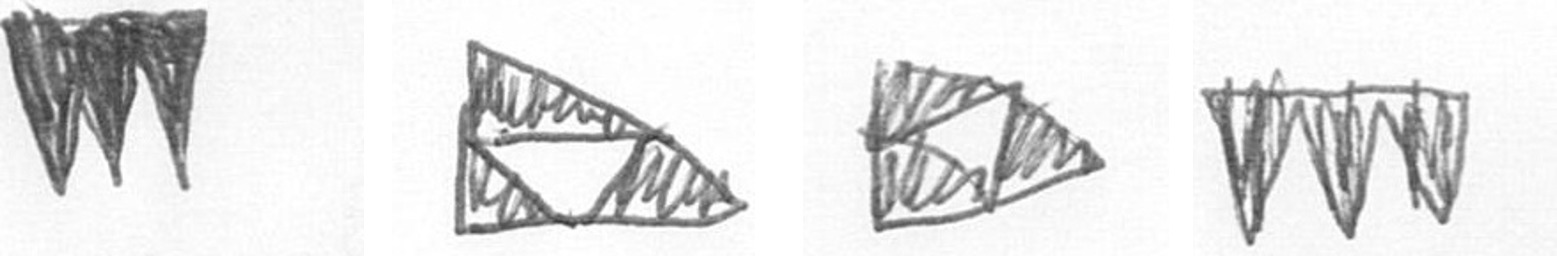
L K K L